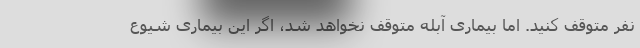
نفر متوقف کنید. اما بیماری آبله متوقف نخواهد شد، اگر این بیماری شیوع